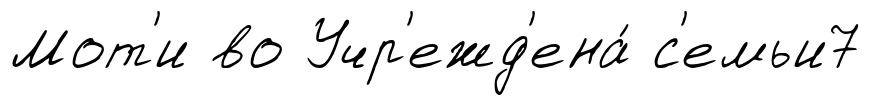
Мот'и во Учр'ежд'ена́ с'емьи7